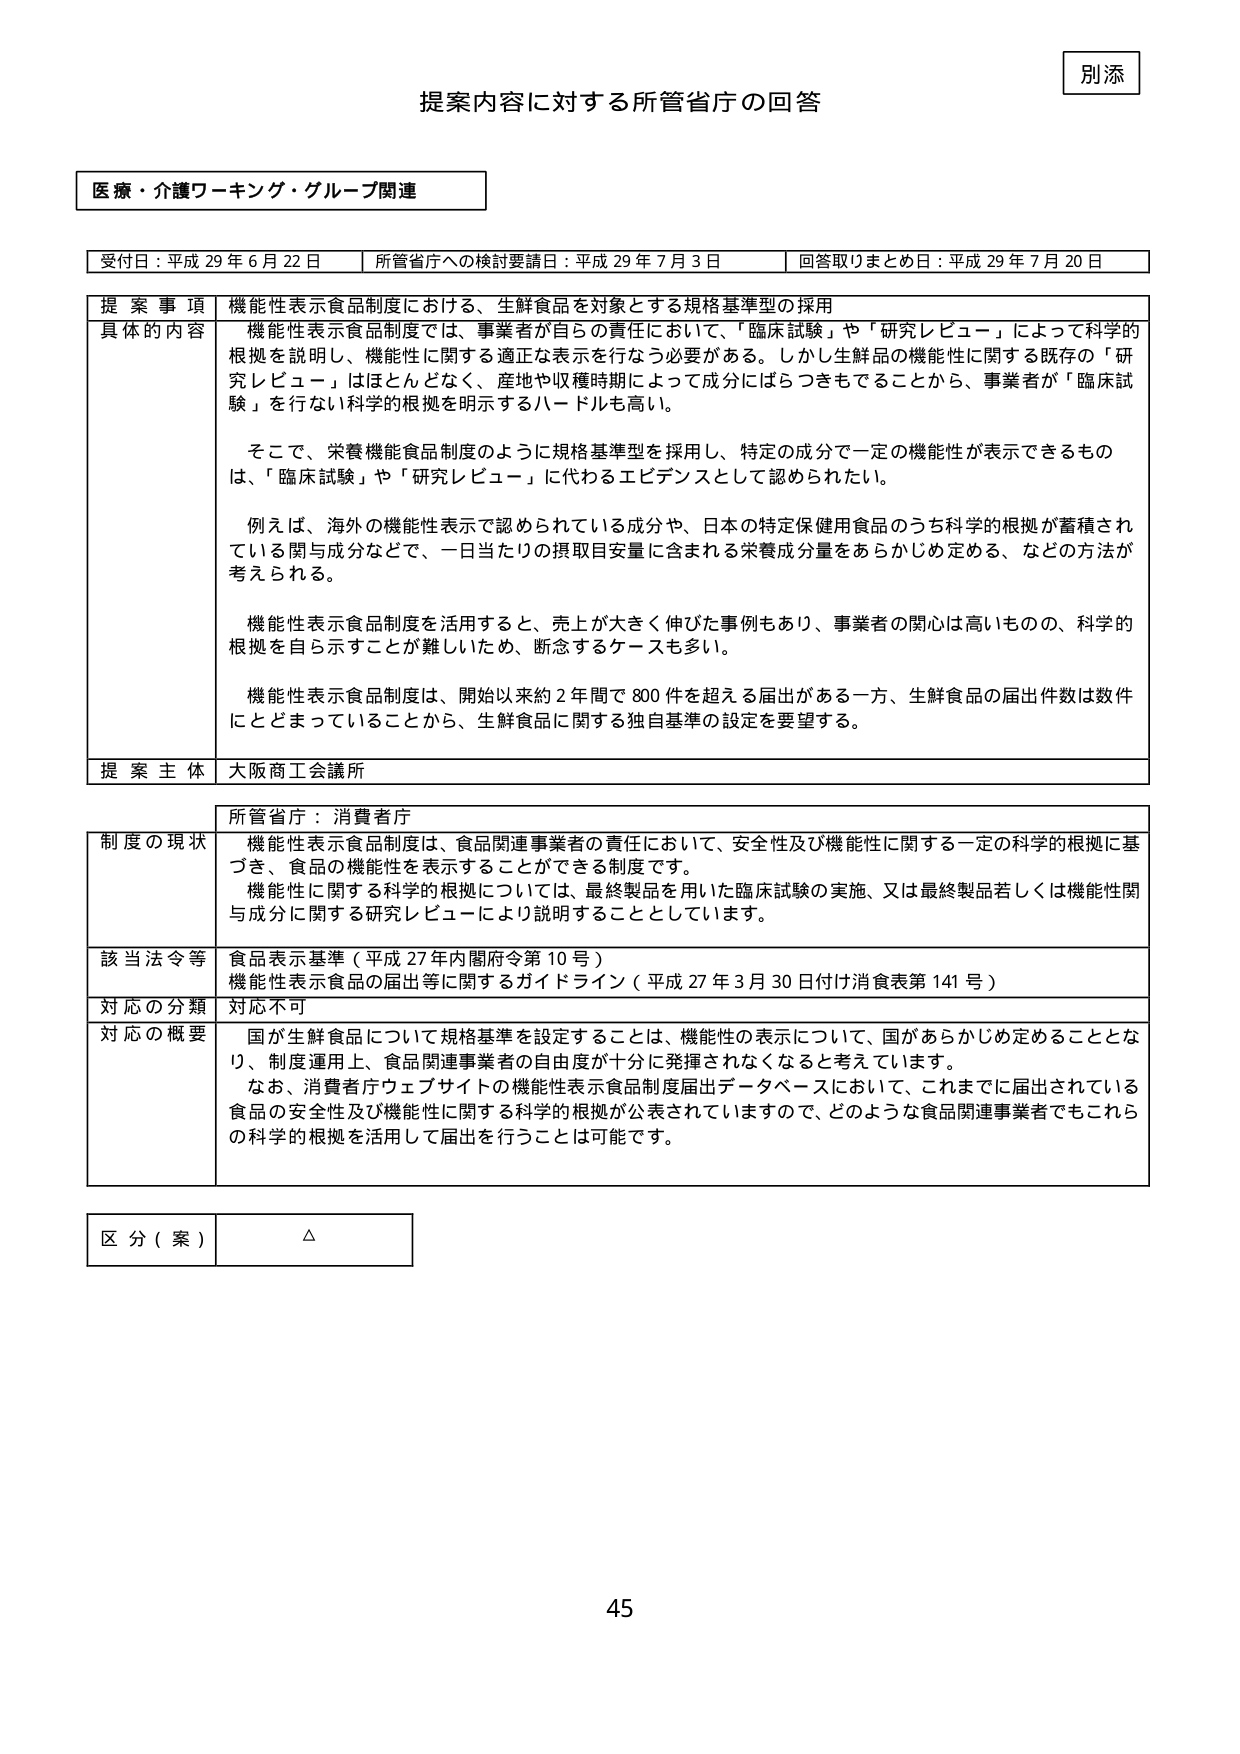
別添
提案内容に対する所管省庁の回答

医療・介護ワーキング・グループ関連

受付日：平成29年6月22日　　所管省庁への検討要請日：平成29年7月3日　　回答取りまとめ日：平成29年7月20日

提案事項　機能性表示食品制度における、生鮮食品を対象とする規格基準型の採用

具体的内容　機能性表示食品制度では、事業者が自らの責任において、「臨床試験」や「研究レビュー」によって科学的根拠を説明し、機能性に関する適正な表示を行なう必要がある。しかし生鮮品の機能性に関する既存の「研究レビュー」はほとんどなく、産地や収穫時期によって成分にばらつきもできることから、事業者が「臨床試験」を行なわない科学的根拠を明示するハードルも高い。

　そこで、栄養機能食品制度のように規格基準型を採用し、特定の成分で一定の機能性が表示できるものは、「臨床試験」や「研究レビュー」に代わるエビデンスとして認められたい。

　例えば、海外の機能性表示で認められている成分や、日本の特定保健用食品のうち科学的根拠が蓄積されている関与成分などで、一日当たりの摂取目安量に含まれる栄養成分量をあらかじめ定める、などの方法が考えられる。

　機能性表示食品制度を活用すると、売上が大きく伸びた事例もあり、事業者の関心は高いものの、科学的根拠を自ら示すことが難しいため、断念するケースも多い。

　機能性表示食品制度は、開始以来約2年間で800件を超える届出がある一方、生鮮食品の届出件数は数件にとどまっていることから、生鮮食品に関する独自基準の設定を要望する。

提案主体　大阪商工会議所

所管省庁：消費者庁

制度の現状　機能性表示食品制度は、食品関連事業者の責任において、安全性及び機能性に関する一定の科学的根拠に基づき、食品の機能性を表示することができる制度です。
　　　　　機能性に関する科学的根拠については、最終製品を用いた臨床試験の実施、又は最終製品若しくは機能性関与成分に関する研究レビューにより説明することとしています。

該当法令等　食品表示基準（平成27年内閣府令第10号）
　　　　　機能性表示食品の届出等に関するガイドライン（平成27年3月30日付け消食表第141号）

対応の分類　対応不可

対応の概要　国が生鮮食品について規格基準を設定することは、機能性の表示について、国があらかじめ定めることとなり、制度運用上、食品関連事業者の自由度が十分に発揮されなくなると考えています。
　　　　　なお、消費者庁ウェブサイトの機能性表示食品制度届出データベースにおいて、これまでに届出されている食品の安全性及び機能性に関する科学的根拠が公表されていますので、どのような食品関連事業者でもこれらの科学的根拠を活用して届出を行うことは可能です。

区分（案）　△

45